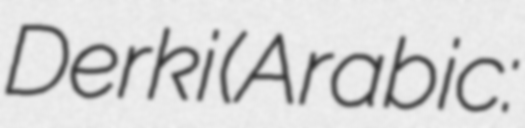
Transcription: Derki (Arabic: